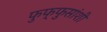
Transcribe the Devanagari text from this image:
फुफ्फुसांशी